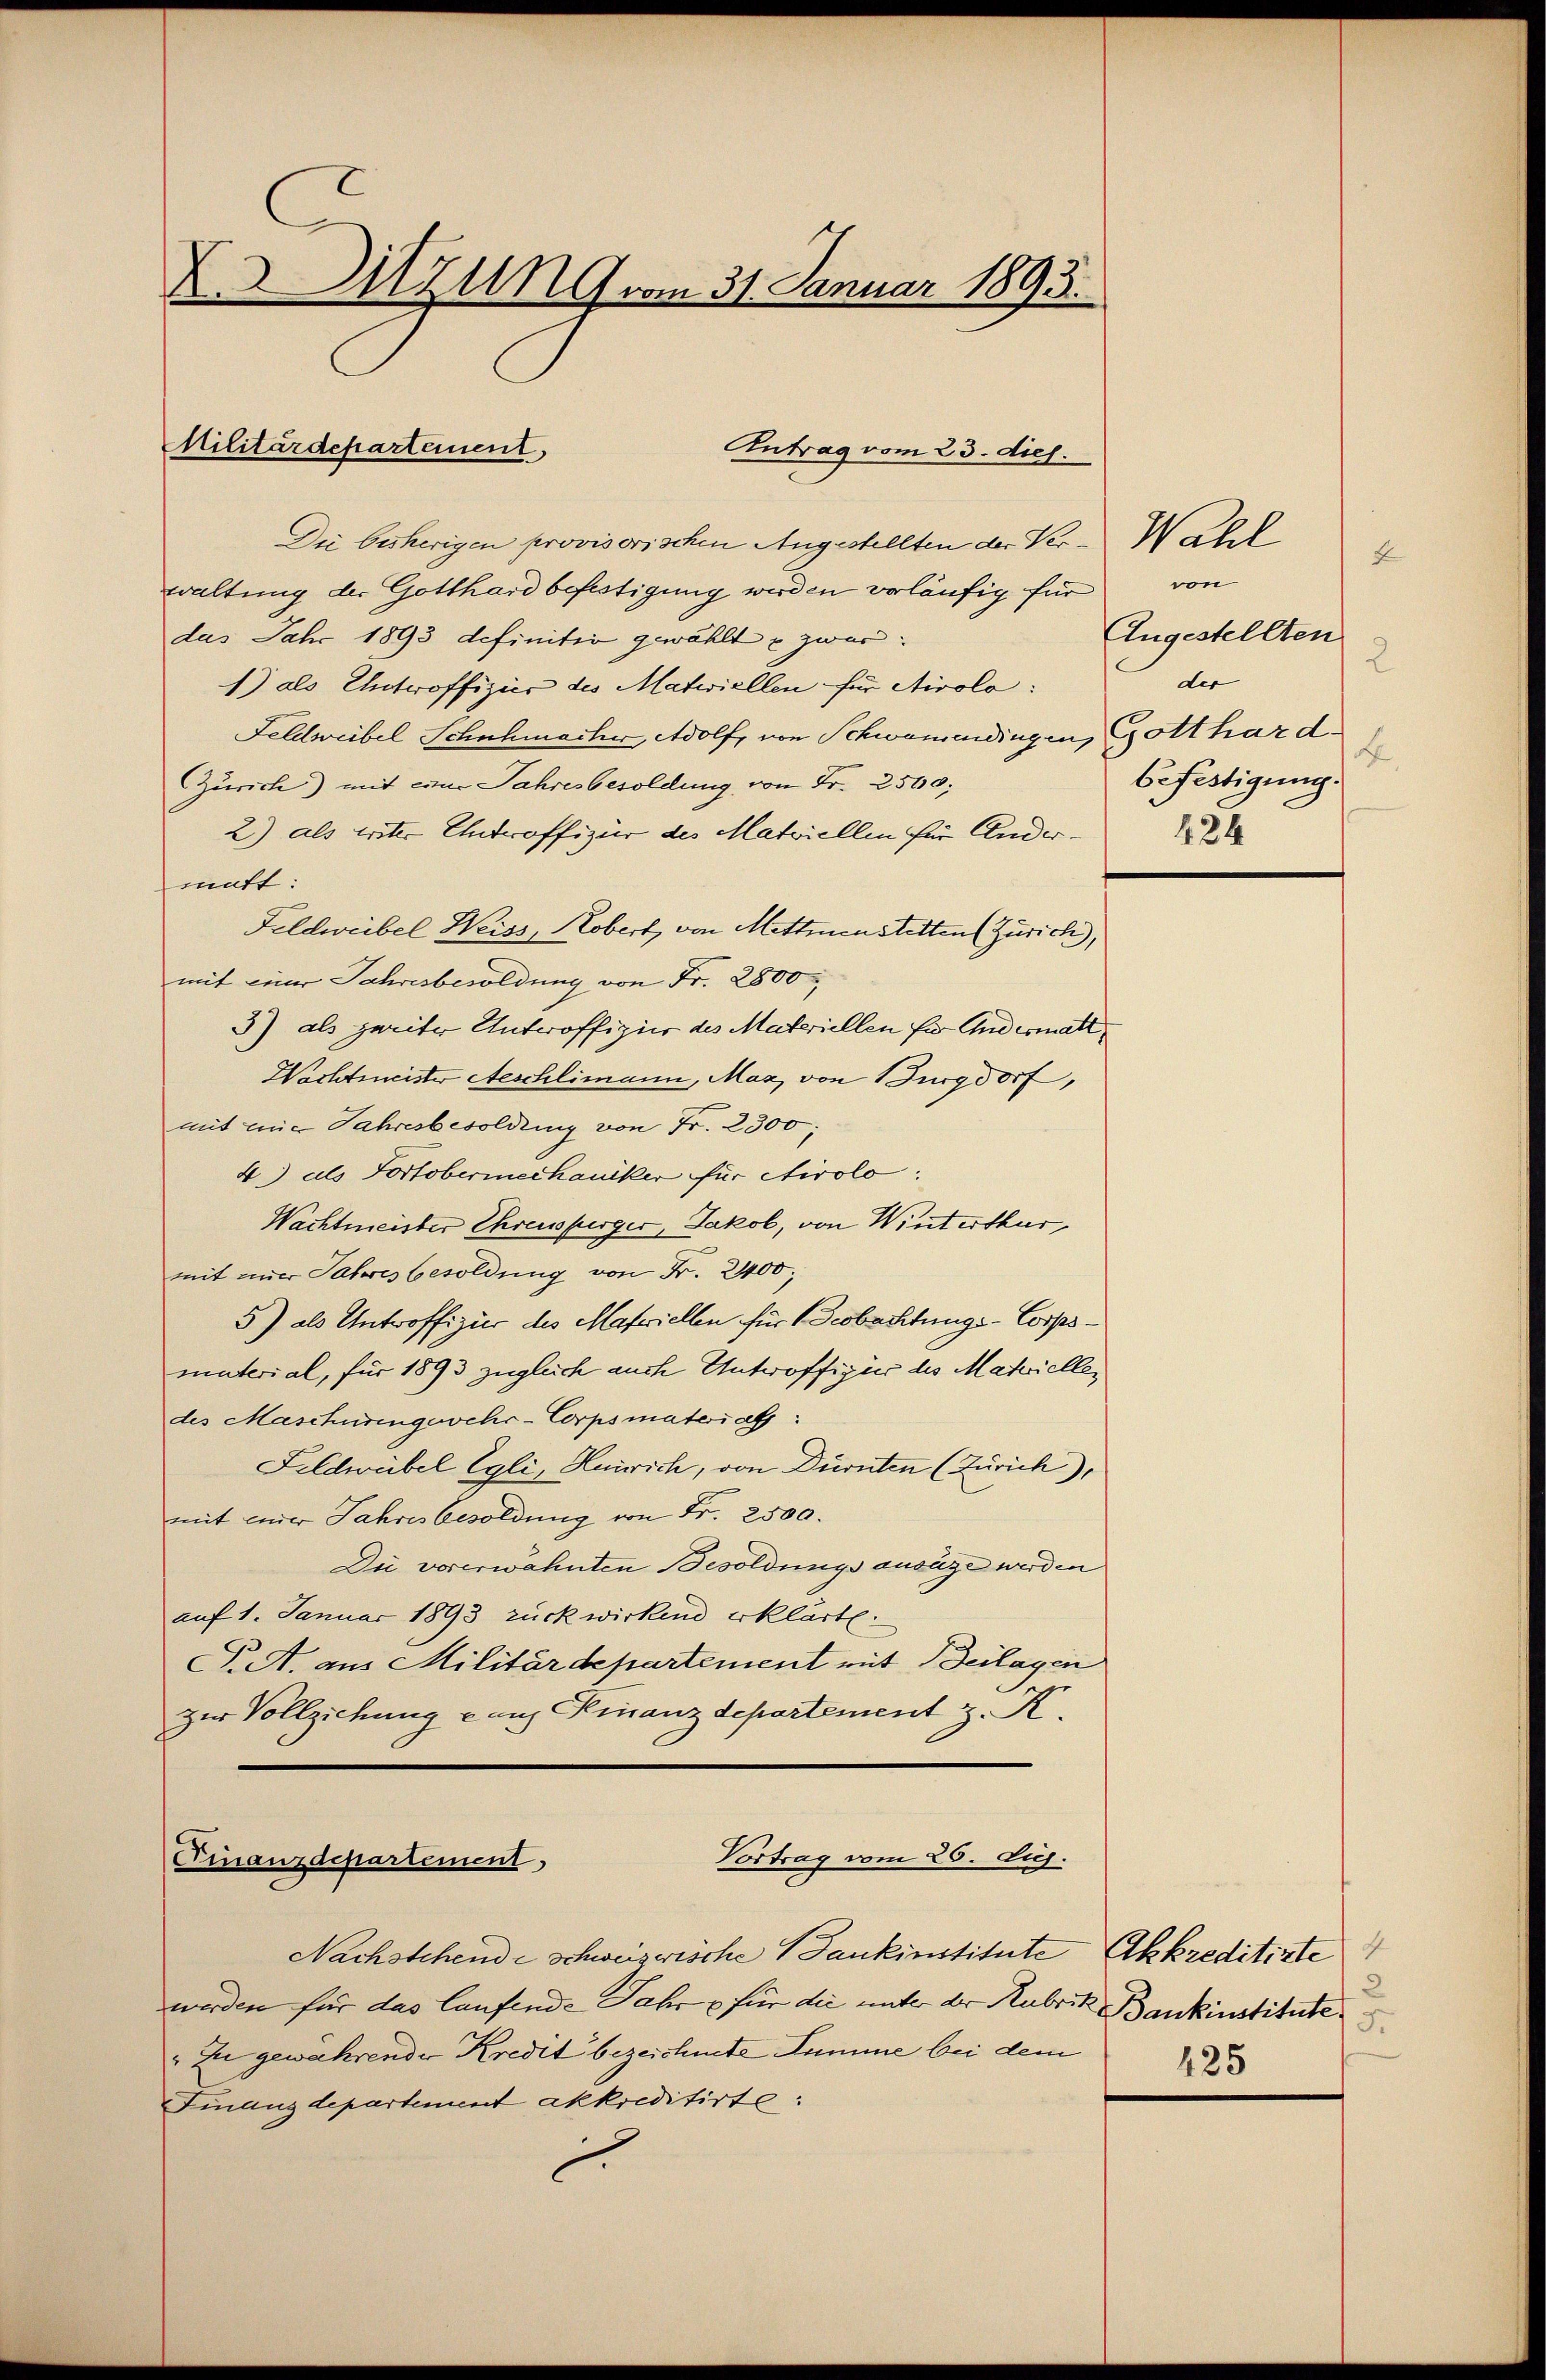
X Sitzung vom 31. Januar 1893.

Militärdepartement,
Antrag vom 23. dich.

Die bisherigen provisorischen Angestellten der Ver-Wahl
waltung der Gotthard befestigung werden vorläufig für
das Jahr 1893 definitiv gewählt u zwar
1) als Unteroffizier des Materiellen für Airolo:
Feldweibel Schuhmacher, Adolf, von Schwamendingen, Gotthard.
Zürich) mit eine Jahresbesoldung von Fr. 2500;
2) als triter Unteroffizier des Matriellen für Andermatt:
Feldweibel Weiss, Kobert, von Mettmenstetten (Zürich,
mit einer Jahresbesoldung von Fr. 2800
3) als zweiter Unteroffigir des Materiellen für Andesmalt
Wachtmeister Aeschlimann, Maz, von Burgdorf,
mit eine Jahresbesoldung von Fr. 2300;
4) als Portobermechaniker für Stirolo.
Wachtmeister Ehrensperger, Jakob, von Winterthur
mit einer Jahres besoldung von Fr. 2400;
5) als Unteroffizier des Materiellen für Beobachtungs-Corpsmaterial, für 1893 zugleich auch Antwoffigur des Matviellen
des Maschüringewehr-Corpsmaterials:
Feldwebel Egli, Heinrich, von Dürnten (Zürich),
mit einer Jahres besoldung von Fr. 2500.
Die vorerwähnten Besoldungsansäge werden
auf 1. Januar 1893 zück wirkend erklärte.
F. A. aus Militärdepartement mit Beilagen
zur Vollziehung ganz Finanzdepartement z. K.

Vortrag vom 26. d.
Finanzdepartement

Nachstehende schweizwische Bankinstitute Akkreditirte
werden für das laufende Jahr p für die unter der Habrik Bankinstitute
" zu gewährender Kredit bezeichnete Summe bei dem
Finanzdepartement akkreditirte:

4
von
Angestellten
2
der
A
befestigung.
424

2
425